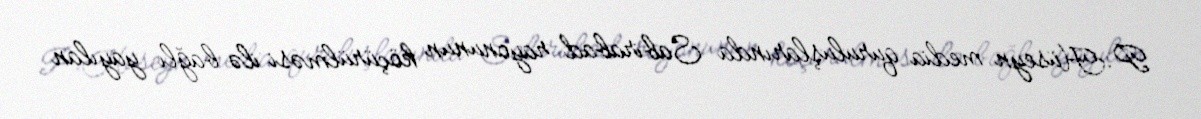
P.Hüseyn media quruluşlarında Sabirabad rayonunun köçürülməsi ilə bağlı yayılan